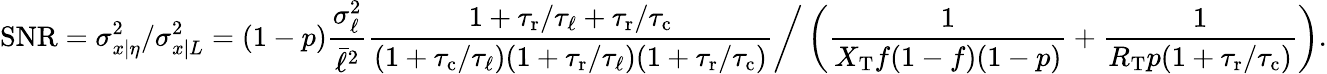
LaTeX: \mathrm{SNR}=\sigma_{x|\eta}^{2}/\sigma_{x|L}^{2}=(1-p)\frac{\sigma_{\ell}^{2}}{\bar{\ell}^{2}}\frac{1+{\tau_{\mathrm{r}}}/\tau_{\ell}+{\tau_{\mathrm{r}}}/{\tau_{\mathrm{c}}}}{(1+{\tau_{\mathrm{c}}}/\tau_{\ell})(1+{\tau_{\mathrm{r}}}/\tau_{\ell})(1+{\tau_{\mathrm{r}}}/{\tau_{\mathrm{c}}})}\bigg/\left(\frac{1}{X_{\mathrm{T}}f(1-f)(1-p)}+\frac{1}{R_{\mathrm{T}}p(1+{\tau_{\mathrm{r}}}/{\tau_{\mathrm{c}}})}\right).